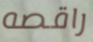
راقصه